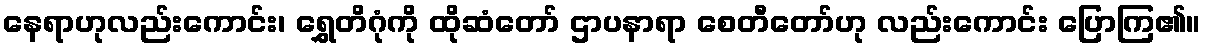
နေရာဟုလည်းကောင်း၊ ရွှေတိဂုံကို ထိုဆံတော် ဌာပနာရာ စေတီတော်ဟု လည်းကောင်း ပြောကြ၏။